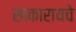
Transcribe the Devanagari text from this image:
साकारायचे